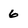
Character: 6